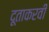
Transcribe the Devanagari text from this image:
दूताकरवी